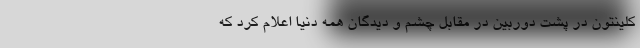
کلینتون در پشت دوربین در مقابل چشم و دیدگان همه دنیا اعلام کرد که